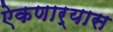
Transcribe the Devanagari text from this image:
ऐकणार्‍यास